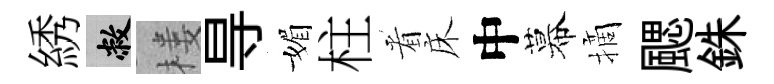
綉敝楼㝵媚柱㸔床中幕摘颸銖